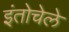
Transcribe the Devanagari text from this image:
इंतोचेले